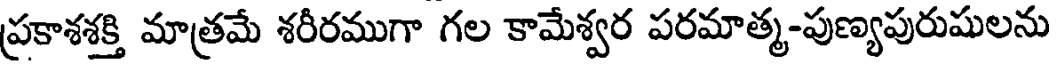
ప్రకాశశక్తి మాత్రమే శరీరముగా గల కామేశ్వర పరమాత్మ-పుణ్యపురుషులను